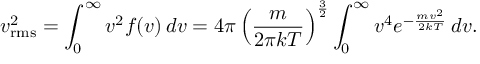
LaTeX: v _ { \mathrm { r m s } } ^ { 2 } = \int _ { 0 } ^ { \infty } v ^ { 2 } f ( v ) \, d v = 4 \pi \left( { \frac { m } { 2 \pi k T } } \right) ^ { \frac { 3 } { 2 } } \int _ { 0 } ^ { \infty } v ^ { 4 } e ^ { - { \frac { m v ^ { 2 } } { 2 k T } } } \, d v .